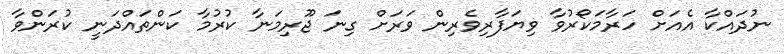
ނުދައްކާ އެއަށް ހަރާމަކޯރުވާ ވިޔަފާރިވެރިން ވަރަށް ގިނަ ޖޫރިމަނާ ކުރުމާ ކަންތައްދަނީ ކުރަންވާ